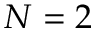
N = 2